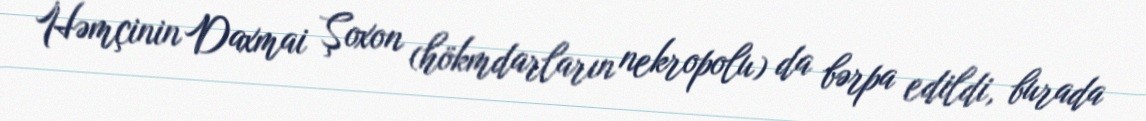
Həmçinin Daxmai Şoxon (hökmdarların nekropolu) da bərpa edildi, burada